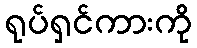
ရုပ်ရှင်ကားကို